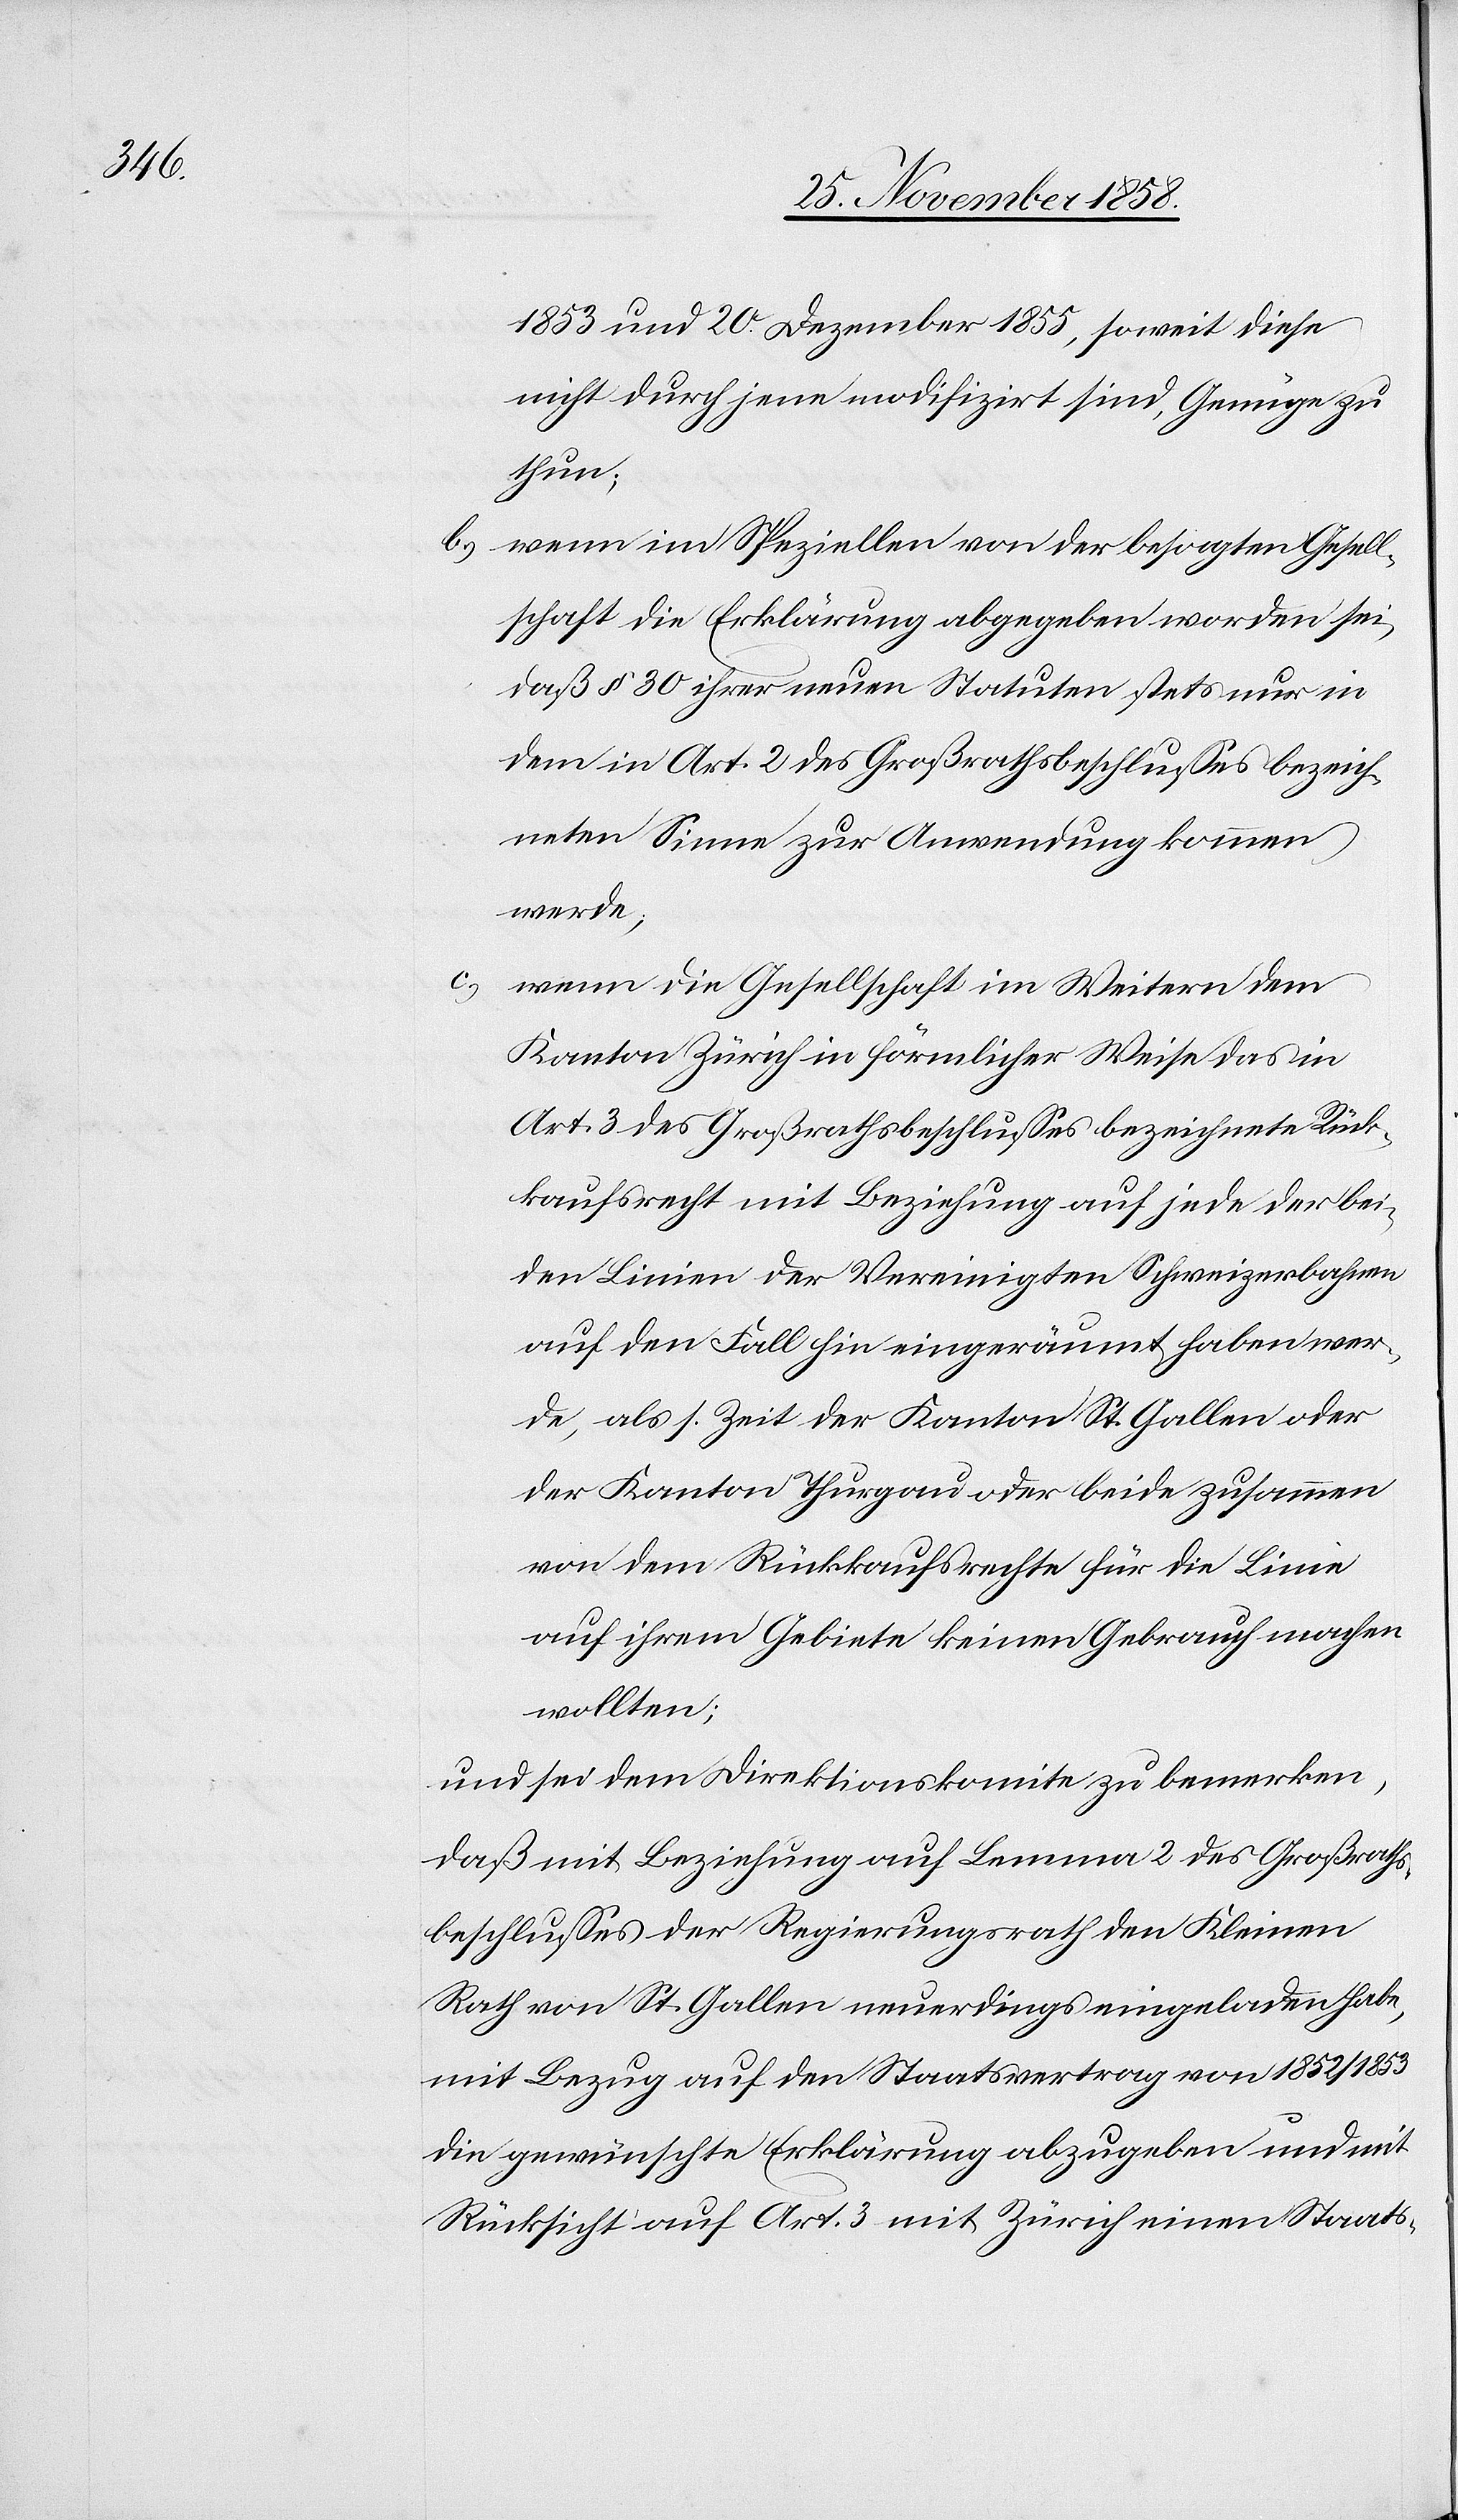
1853 und 20. Dezember 1855, soweit diese
nicht durch jene modifizirt sind, Genüge zu
thun;
wenn im Speziellen von der besagten Gesell¬
schaft die Erklärung abgegeben worden sei,
daß § 30 ihrer neuen Statuten stets nur in
dem in Art. 2 des Großrathsbeschlusses bezeich¬
neten Sinne zur Anwendung kommen
werde;
wenn die Gesellschaft im Weitern dem
Kanton Zürich in förmlicher Weise das in
Art. 3 des Großrathsbeschlusses bezeichnete Rück¬
kaufsrecht mit Beziehung auf jede der bei¬
den Linien der Vereinigten Schweizerbahnen
auf den Fall hin eingeräumt haben wer¬
de, als s. Zeit der Kanton St. Gallen oder
der Kanton Thurgau oder beide zusammen
von dem Rückkaufsrechte für die Linie
auf ihrem Gebiete keinen Gebrauch machen
wollten;
und sei dem Direktionskomite zu bemerken,
daß mit Beziehung auf Lemma 2 des Großraths¬
beschlusses der Regierungsrath den Kleinen
Rath von St. Gallen neuerdings eingeladen habe,
mit Bezug auf den Staatsvertrag von 1852/1853
die gewünschte Erklärung abzugeben und mit
Rücksicht auf Art. 3 mit Zürich einen Staats-